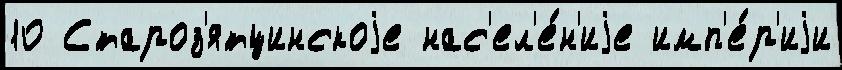
10 Староз'ятцинскоjе нас'ел'е́н'иjе имп'е́р'иjи